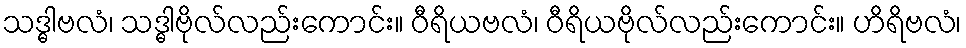
သဒ္ဓါဗလံ၊ သဒ္ဓါဗိုလ်လည်းကောင်း။ ဝီရိယဗလံ၊ ဝီရိယဗိုလ်လည်းကောင်း။ ဟိရိဗလံ၊